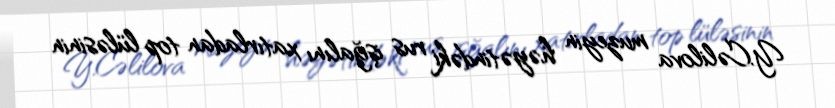
Y.Cəlilova muzeyin həyətindəki rus işğalını xatırladan top lüləsinin